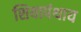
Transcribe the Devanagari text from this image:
शियापंथाय